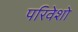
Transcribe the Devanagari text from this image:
परिवेशो